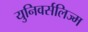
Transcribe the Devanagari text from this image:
युनिवर्सलिज्म